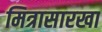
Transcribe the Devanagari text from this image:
मित्रासारखा